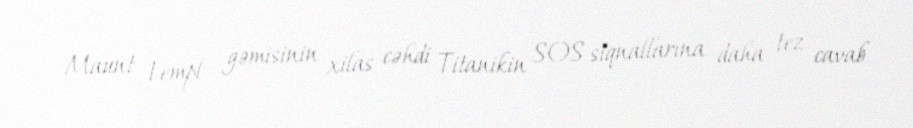
Maunt Templ gəmisinin xilas cəhdi Titanikin SOS siqnallarına daha tez cavab